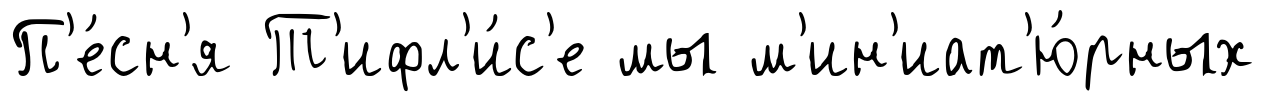
П'е́сн'я Т'ифл'и́с'е мы м'ин'иат'ю́рных